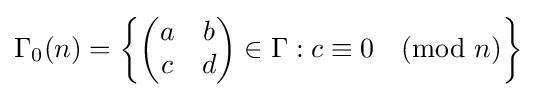
\Gamma _{0}(n)=\left\{{\begin{pmatrix}a&b\\c&d\end{pmatrix}}\in \Gamma :c\equiv 0{\pmod {n}}\right\}